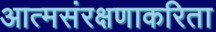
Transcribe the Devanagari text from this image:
आत्मसंरक्षणाकरिता